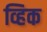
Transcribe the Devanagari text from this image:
व्हिक